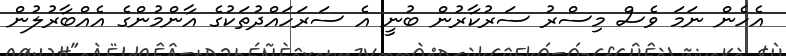
އެހެން ނަމަ ވެސް މިސްރު ސަރުކާރުން ބުނީ އެ ސަރަހައްދުތަކުގެ އާންމުންގެ އެއްބާރުލުން